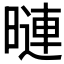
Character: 𭧒